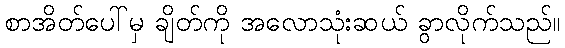
စာအိတ်ပေါ်မှ ချိတ်ကို အလောသုံးဆယ် ခွာလိုက်သည်။